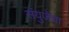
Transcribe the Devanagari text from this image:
संयुजेचा